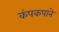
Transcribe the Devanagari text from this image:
कंपकपाने